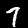
Label: 7